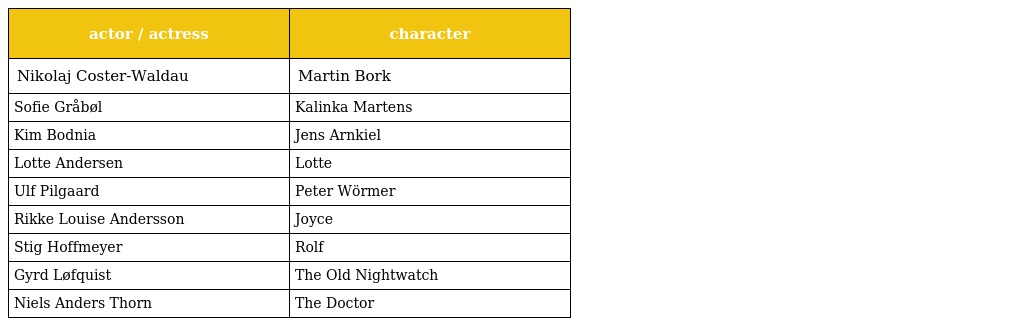
| actor / actress | character |
 | --- | --- |
 | Nikolaj Coster-Waldau | Martin Bork |
 | Sofie Gråbøl | Kalinka Martens |
 | Kim Bodnia | Jens Arnkiel |
 | Lotte Andersen | Lotte |
 | Ulf Pilgaard | Peter Wörmer |
 | Rikke Louise Andersson | Joyce |
 | Stig Hoffmeyer | Rolf |
 | Gyrd Løfquist | The Old Nightwatch |
 | Niels Anders Thorn | The Doctor |